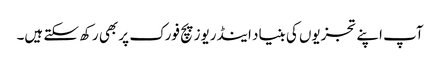
آپ اپنے تجزیوں کی بنیاد اینڈریوز پچ فورک پر بھی رکھ سکتے ہیں۔